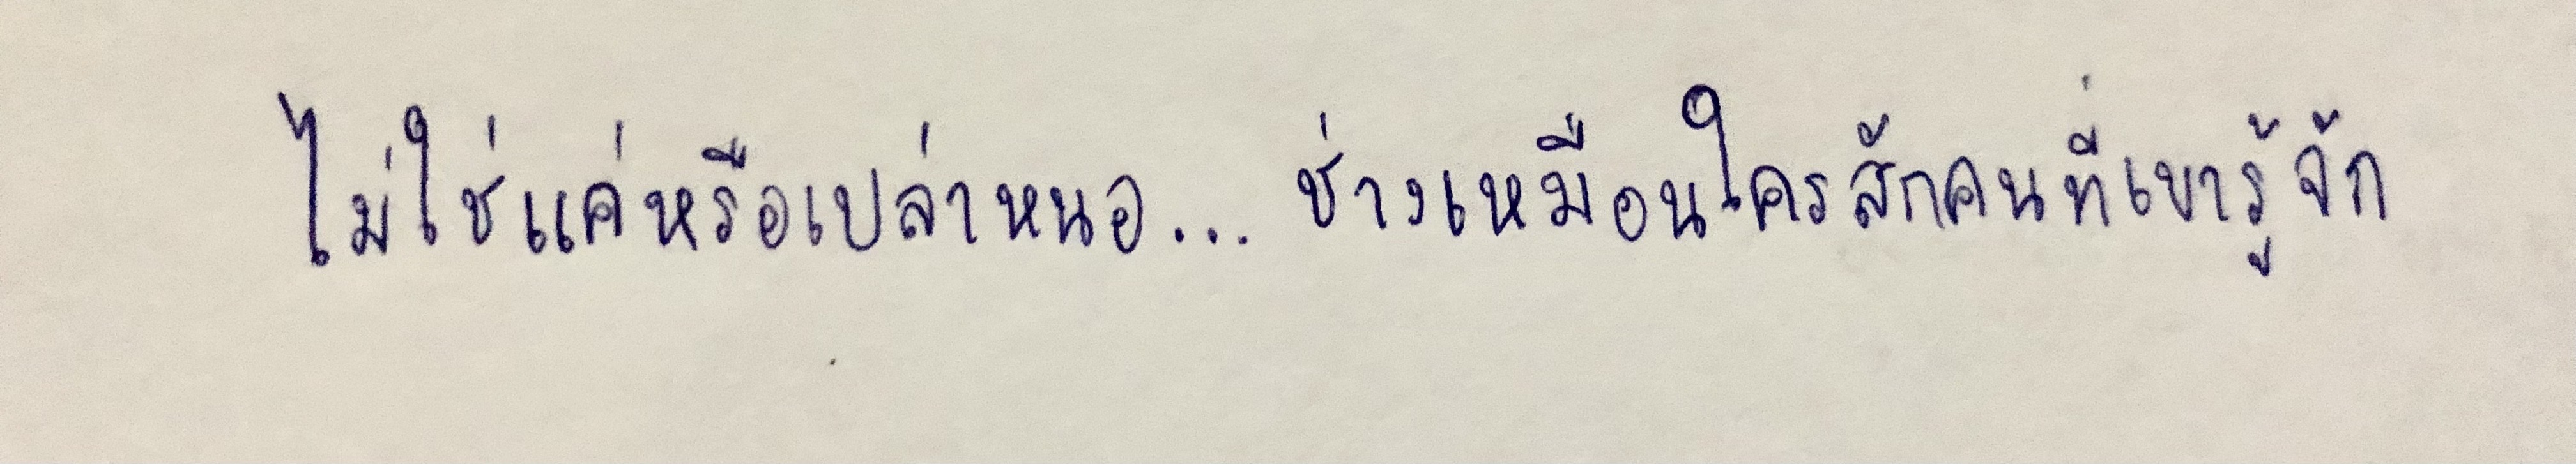
ไม่ใช่แค่หรือเปล่าหนอ...ช่างเหมือนใครสักคนที่เขารู้จัก